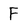
Character: F